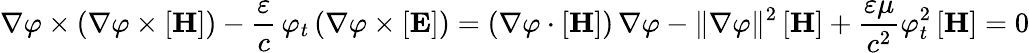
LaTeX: \nabla\varphi\times(\nabla\varphi\times[\mathbf{H}])-{\frac{\varepsilon}{c}}\, \varphi_{t}\, (\nabla\varphi\times[\mathbf{E}])=(\nabla\varphi\cdot[\mathbf{H}])\, \nabla\varphi-\| \nabla\varphi\| ^{2}\, [\mathbf{H}]+{\frac{\varepsilon\mu}{c^{2}}}\varphi_{t}^{2}\, [\mathbf{H}]=0